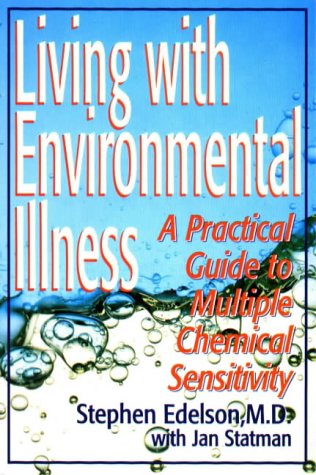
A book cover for Living With Environmental Illness; Stephen Edelson; Medical Books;